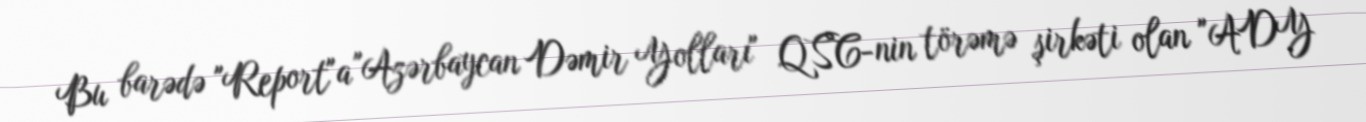
Bu barədə "Report"a "Azərbaycan Dəmir Yolları" QSC-nin törəmə şirkəti olan "ADY